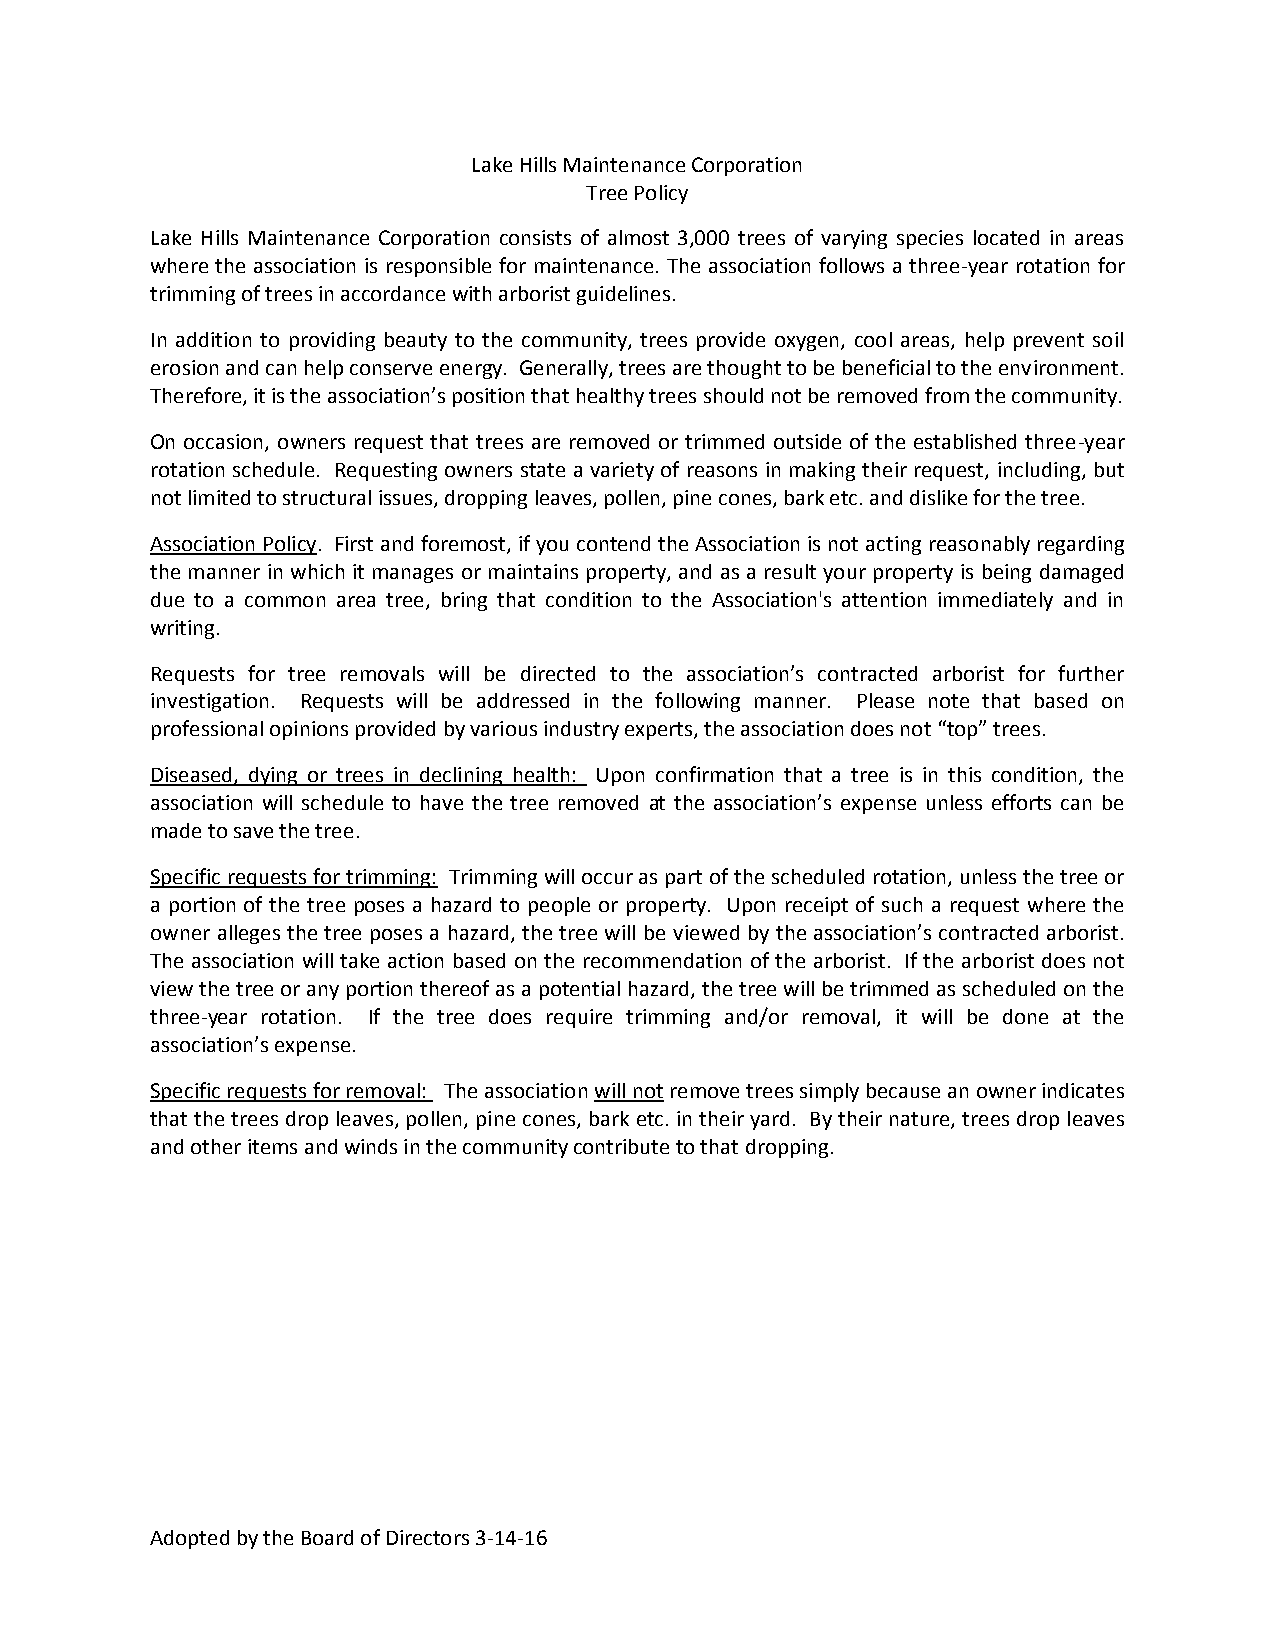
Lake Hills Maintenance Corporation
 Tree Policy
 Lake Hills Maintenance Corporation consists of almost 3,000 trees of varying species located in areas
 where the association is responsible for maintenance. The association follows a three-year rotation for
 trimming of trees in accordance with arborist guidelines.
 In addition to providing beauty to the community, trees provide oxygen, cool areas, help prevent soil
 erosion and can help conserve energy. Generally, trees are thought to be beneficial to the environment.
 Therefore, it is the association’s position that healthy treesshould not be removed from the community.
 On occasion, owners request that trees are removed or trimmed outside of the established three-year
 rotation schedule. Requesting owners state a variety of reasons in making their request, including, but
 not limited to structural issues, dropping leaves, pollen, pine cones, bark etc.and dislike for the tree.
 Association Policy. First and foremost, if you contend the Association is not acting reasonably regarding
 the manner in which it manages or maintains property, and as a result your property is being damaged
 due to a common area tree, bring that condition to the Association's attention immediately and in
 writing.
 Requests for tree removals will be directed to the association’s contracted arborist for further
 investigation. Requests will be addressed in the following manner. Please note that based on
 professional opinions provided by various industry experts, the association does not“top” trees.
 Diseased, dying or trees in declining health: Upon confirmation that a tree is in this condition, the
 association will schedule to have the tree removed at the association’s expense unless efforts can be
 made to save the tree.
 Specific requests for trimming: Trimming will occur as part of the scheduled rotation, unless the tree or
 a portion of the tree poses a hazard to people or property. Upon receipt of such a request where the
 owner alleges the tree poses a hazard, the tree will be viewed by the association’s contracted arborist.
 The association will take action based on the recommendation of the arborist. If the arborist does not
 view the tree or any portion thereof as a potential hazard, the tree will be trimmed as scheduled on the
 three-year rotation. If the tree does require trimming and/or removal, it will be done at the
 association’s expense.
 Specific requests for removal: The associationwill notremove trees simply because an owner indicates
 that the trees drop leaves, pollen, pine cones, bark etc. in their yard. By their nature, trees drop leaves
 and other itemsand winds in the community contribute to that dropping.
 Adopted by the Board of Directors 3-14-16